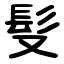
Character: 䯭